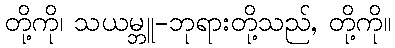
တို့ကို၊ သယမ္ဘူ-ဘုရားတို့သည်, တို့ကို။